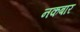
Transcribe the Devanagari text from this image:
नकबार